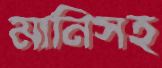
মানিসহ